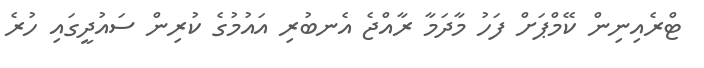
ޓްރެއިނިން ކޭމްޕަށް ފަހު މާދަމާ ރާއްޖެ އެނބުރި އައުމުގެ ކުރިން ސައުދީގައި ހުރެ